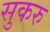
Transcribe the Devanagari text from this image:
सुकरु